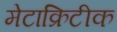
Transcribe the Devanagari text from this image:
मेटाक्रिटीक